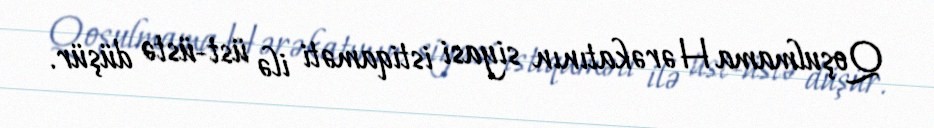
Qoşulmama Hərəkatının siyasi istiqaməti ilə üst-üstə düşür.